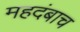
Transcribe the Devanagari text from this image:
महदंबाच